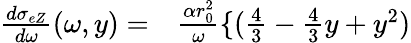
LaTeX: \begin{array}{rl}{\frac{d\sigma_{eZ}}{d\omega}(\omega,y)=}&{{}\frac{\alpha r_{0}^{2}}{\omega}\lbrace(\frac{4}{3}-\frac{4}{3}y+y^{2})}\end{array}